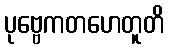
ပုဗ္ဗေကတဟေတူတိ